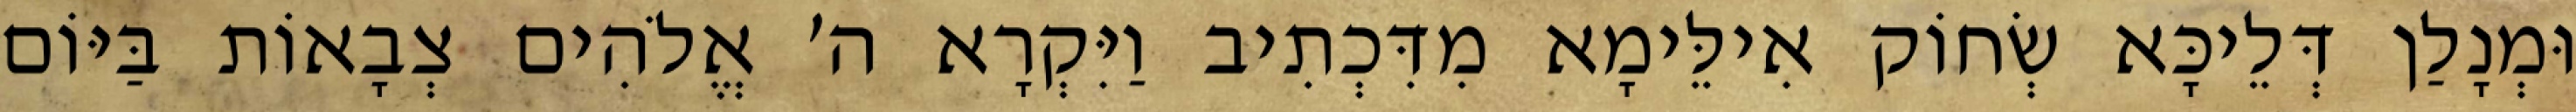
וּמְנָלַן דְּלֵיכָּא שְׂחוֹק אִילֵּימָא מִדִּכְתִיב וַיִּקְרָא ה׳ אֱלֹהִים צְבָאוֹת בַּיּוֹם